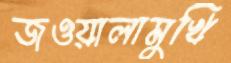
জওয়ালামুখি